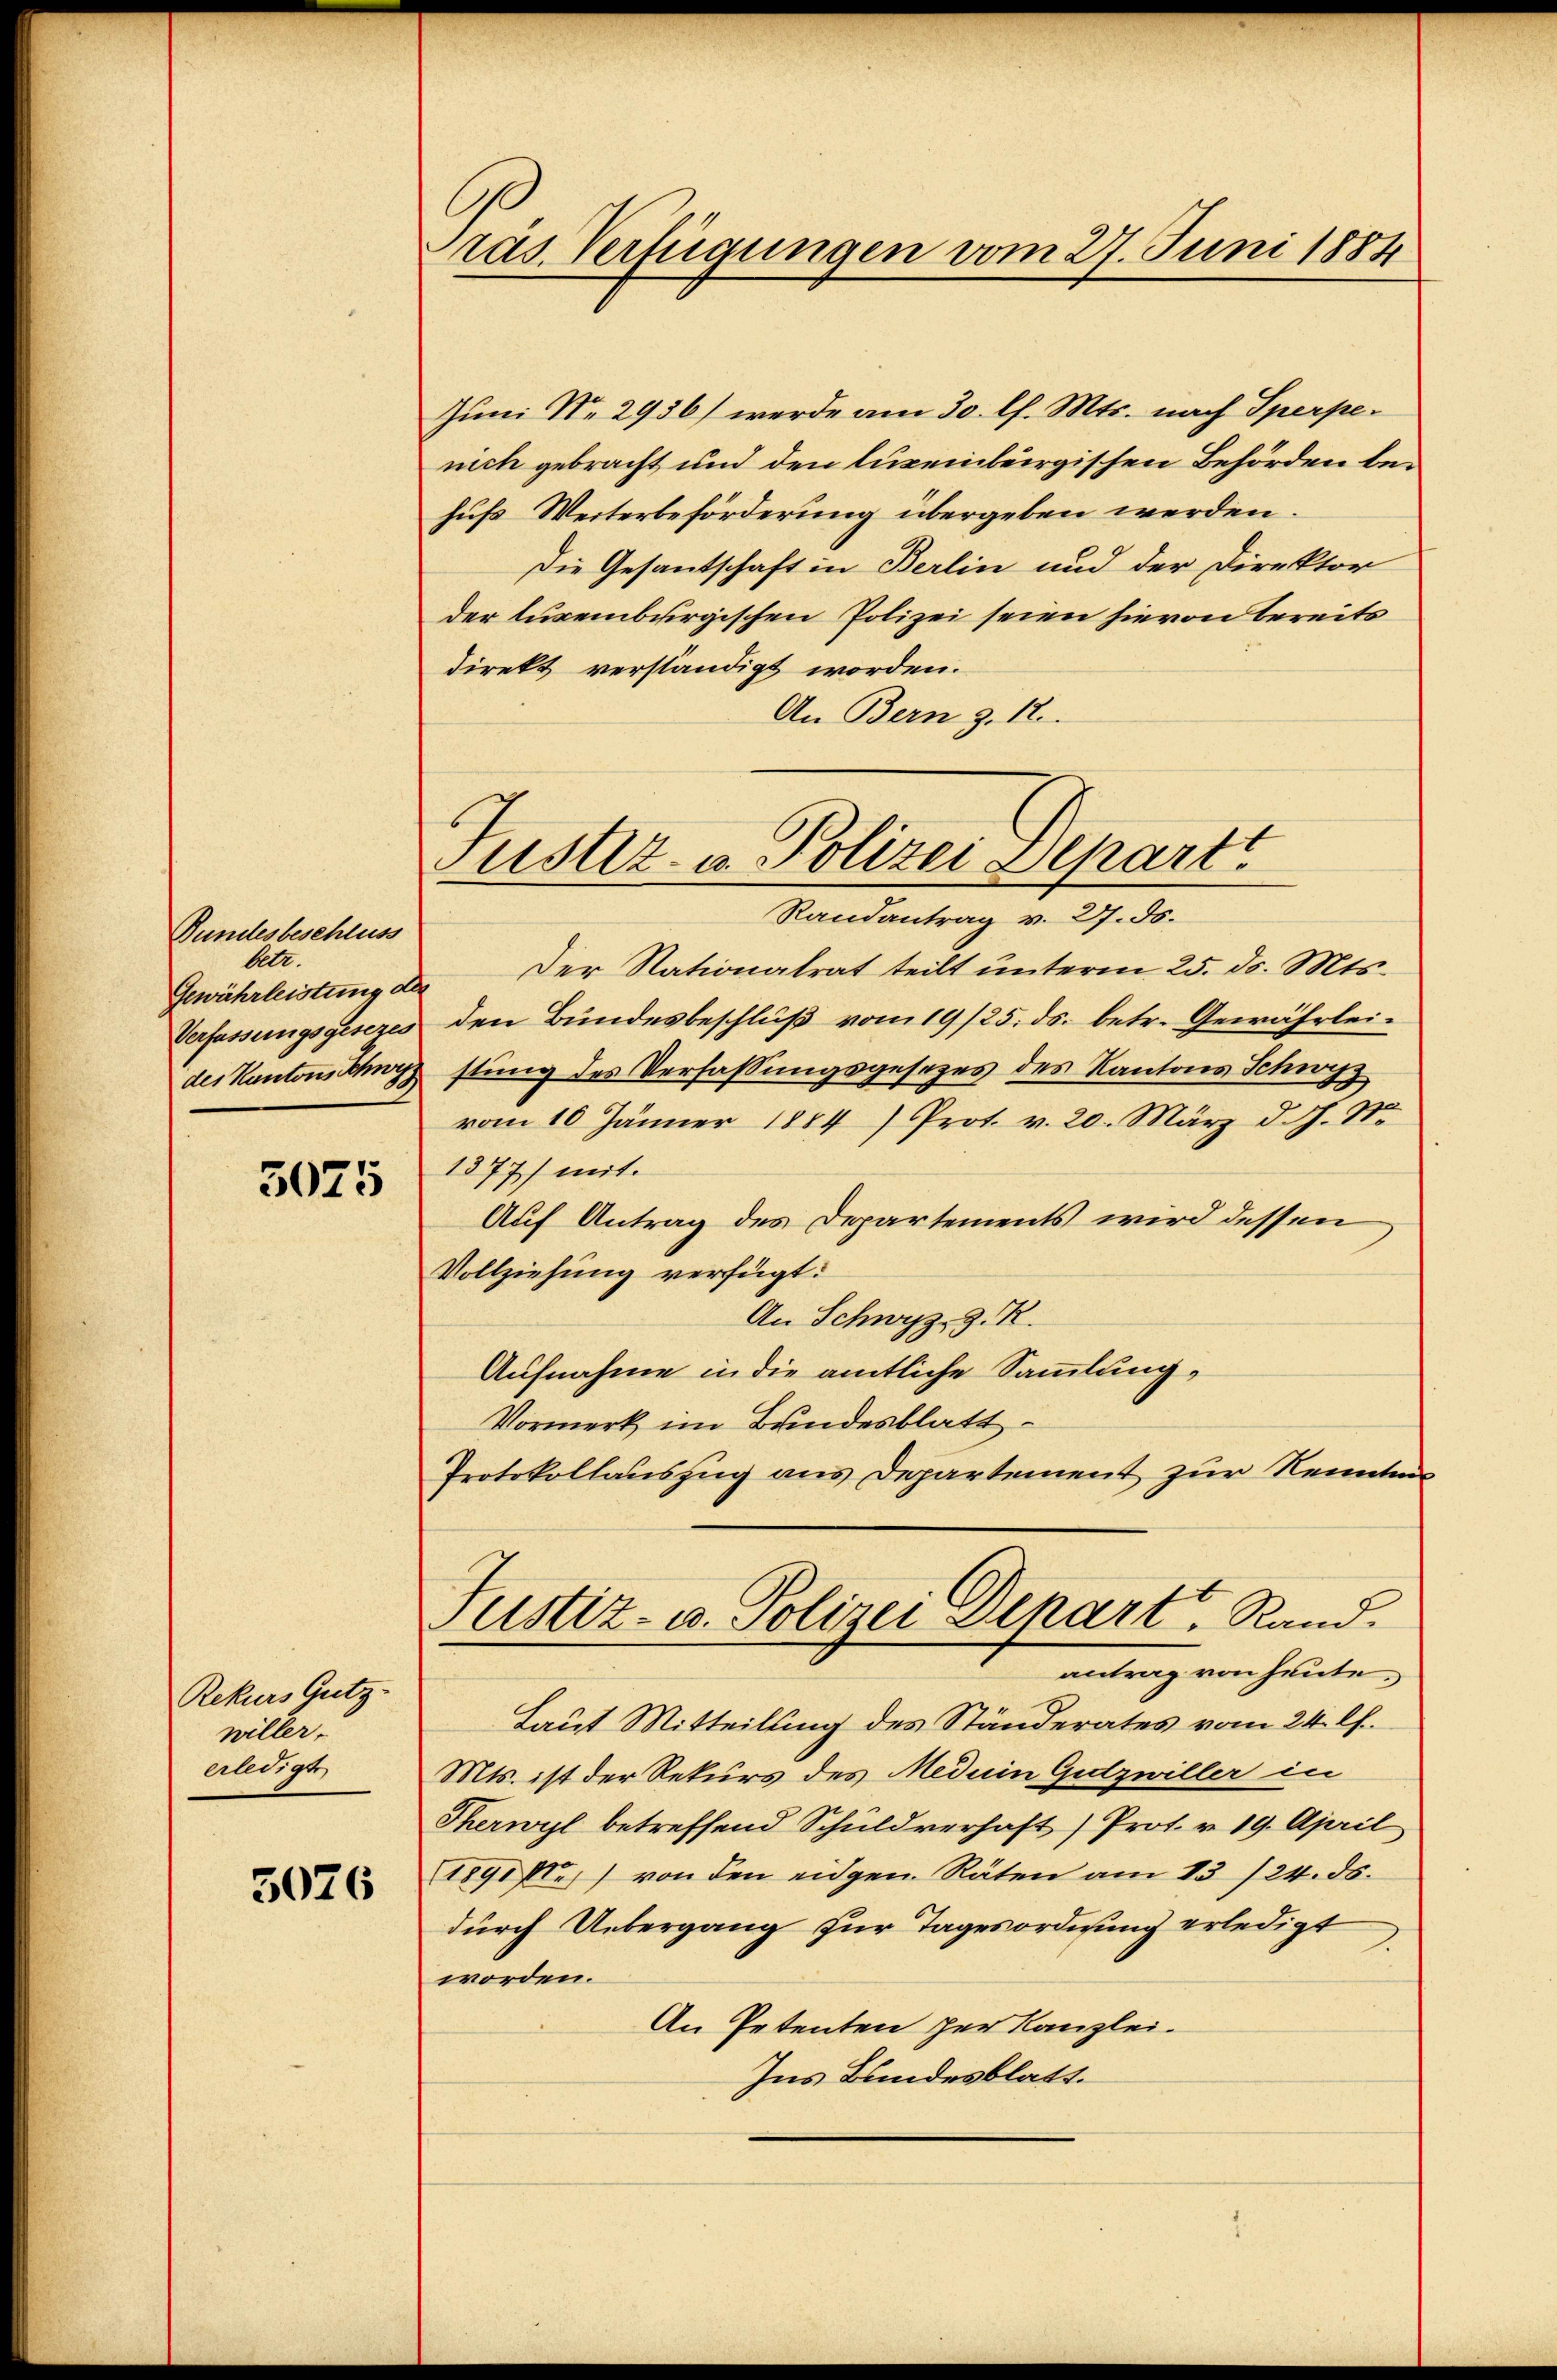
Bundesbeschluss
betr.
Gewährleistung der
Verfassungsgesezes
des Kantons Schwyz

3075

Rekurs Gutz-
willer.
erledigt

5026

Präs. Verfügungen vom 27. Juni 1884

Juni No 2936) werde am 30. l. Mts. nach Sperpenich gebracht und den luzeinbergischen Behörden behufs Weiterbeförderung übergeben werden.
Die Gesantschaft in Berlin und der Direktor
der luxenburgischen Polizei seien hievon Bereits
direkt verständigt worden.
An Bern z. 12.

Justiz- u. Polizei Depart
Randantrag v. 27. ds.

Aufnahme in die amtliche Sammlung,
Vormerk im Bundesblatt
Protokollauszug aus Departement zur Kennten
ustiz- u. Polizei Depart Rand.
antrag von heute.

Der Nationalrat teilt unterm 25. ds. Mts.
den Bundesbeschluß vom 19/25. ds. betr. Gewährleistung des Verfassungsgesezes des Kantons Schwyz
vom 10. Jänner 1884) Prot. v. 20. März d. J. S.
1877) mit
Auf Antrag des Departements wird dessen
Vollziehung verfügt:
An Schwyz z. R.
Laut Mitteilung des Ständerates vom 24. lt.
Mts. ist der Rekurs des Meduin Gudzwiller in
Therwyl betreffend Schuldverhaft) Prot. v. 19. April
1891 f.) von den eidgen. Räten am 13./24. ds.
durch Uebergang zur Tagesordnung erledigt
worden.
An Petenten zur Kanzlei.
Ins Bundesblatt.